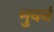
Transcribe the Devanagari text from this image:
भुवनं